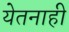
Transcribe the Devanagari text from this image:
येतनाही